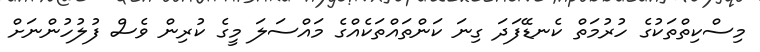
މިސްކިތްތަކުގެ ހުރުމަތް ކެނޑޭފަދަ ގިނަ ކަންތައްތަކެއްގެ މައްސަލަ މީގެ ކުރިން ވެސް ފުލުހުންނަށް